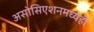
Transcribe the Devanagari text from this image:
असोसिएशनमध्येही